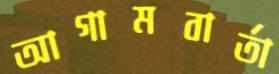
আগামবার্তা